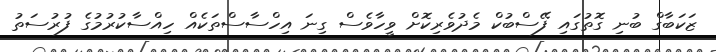
ޒަކަބާގް ބުނި ގޮތުގައި ފޭސްބުކް މެދުވެރިކޮށް ވީހާވެސް ގިނަ އިހްސާސްތަކެއް ހިއްސާކުރުމުގެ ފުރުސަތު